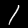
Digit: 1